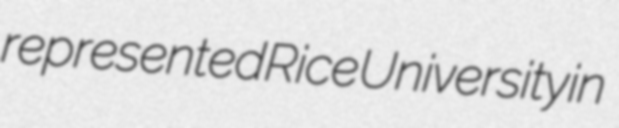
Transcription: represented Rice University in